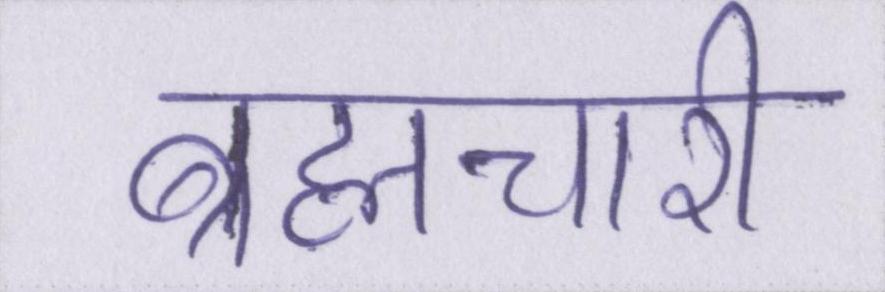
ब्रह्मचारी